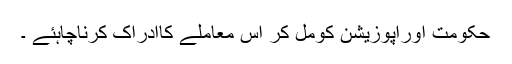
حکومت اوراپوزیشن کومل کر اس معاملے کاادراک کرناچاہئے ۔